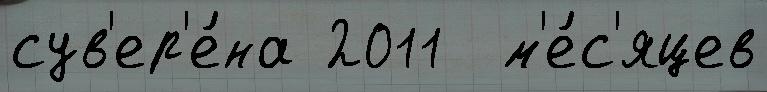
сув'ер'е́на 2011  м'е́с'яцев